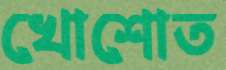
খোশোত